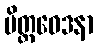
မိတ္တဝေဒနာ